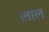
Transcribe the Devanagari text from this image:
लाल